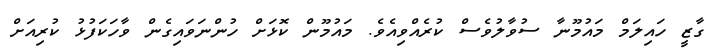
ގާޒީ ހައިލަމް މައުމޫނާ ސުވާލުވެސް ކުރެއްވިއެވެ. މައުމޫން ކޮޅަށް ހުންނަވައިގެން ވާހަކަފުޅު ކުރިއަށް